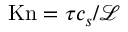
\mathrm { K n } = { \tau c _ { s } } / { \mathcal { L } }